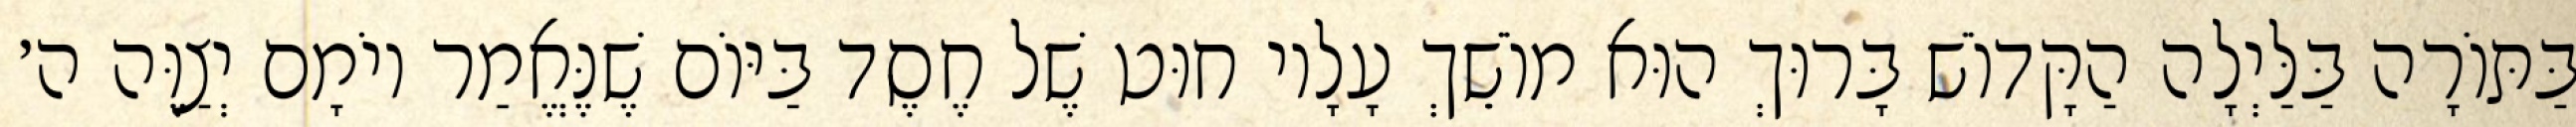
בַּתּוֹרָה בַּלַּיְלָה הַקָּדוֹשׁ בָּרוּךְ הוּא מוֹשֵׁךְ עָלָיו חוּט שֶׁל חֶסֶד בַּיּוֹם שֶׁנֶּאֱמַר יוֹמָם יְצַוֶּה ה׳